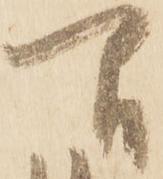
間